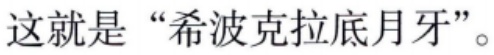
这就是 “希波克拉底月牙”。